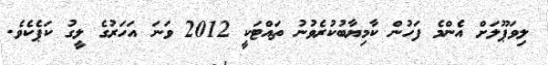
ލިވަޕޫލަށް އެންމެ ފަހުން ކާމިޔާބުކުރެވުނު ތައްޓަކީ 2012 ވަނަ އަހަރުގެ ލީގު ކަޕެކެވެ.